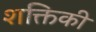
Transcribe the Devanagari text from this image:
शक्तिकी